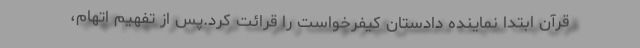
قرآن ابتدا نماینده دادستان کیفرخواست را قرائت کرد.پس از تفهیم اتهام،